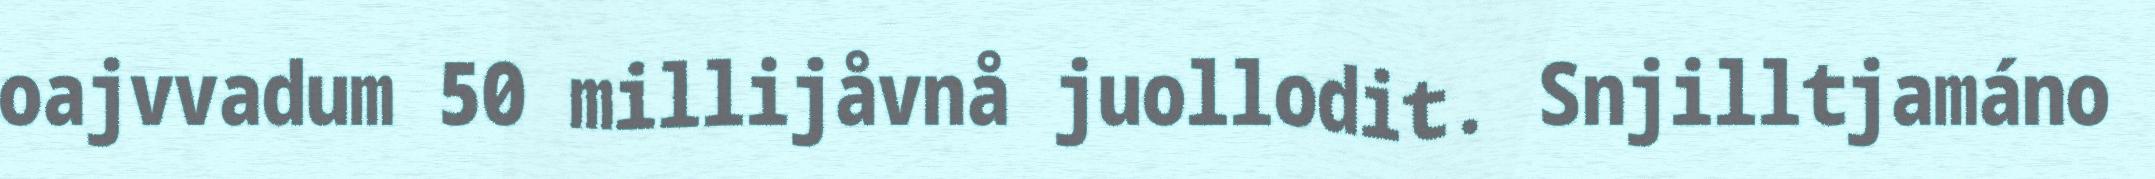
oajvvadum 50 millijåvnå juollodit. Snjilltjamáno